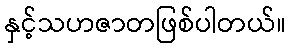
နှင့်သဟဇာတဖြစ်ပါတယ်။